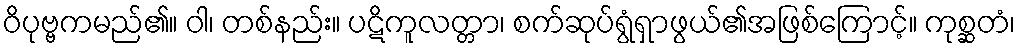
ဝိပုဗ္ဗကမည်၏။ ဝါ၊ တစ်နည်း။ ပဋိကူလတ္တာ၊ စက်ဆုပ်ရွံရှာဖွယ်၏အဖြစ်ကြောင့်။ ကုစ္ဆတံ၊